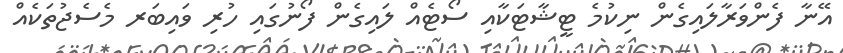
އޭނާ ފެންވަރާލައިގެން ނިކުމެ ޓީޝާޓަކާއި ސޯޓެއް ލައިގެން ފޯނުގައި ހުރި ވައިބަރ މެސެޖުތަކެއް